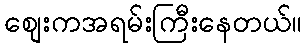
စျေးကအရမ်းကြီးနေတယ်။